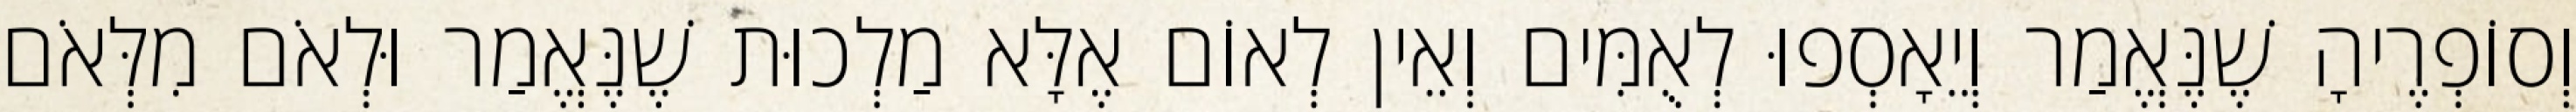
וְסוֹפְרֶיהָ שֶׁנֶּאֱמַר וְיֵאָסְפוּ לְאֻמִּים וְאֵין לְאוֹם אֶלָּא מַלְכוּת שֶׁנֶּאֱמַר וּלְאֹם מִלְּאֹם